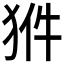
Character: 𤞗